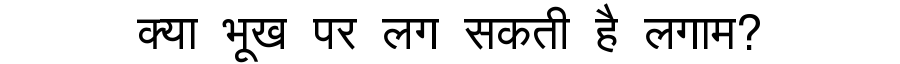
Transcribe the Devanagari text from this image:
क्या भूख पर लग सकती है लगाम?